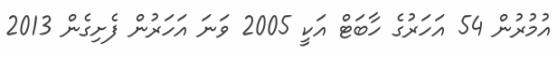
އުމުރުން 54 އަހަރުގެ ހާބަޓް އަކީ 2005 ވަނަ އަހަރުން ފެށިގެން 2013